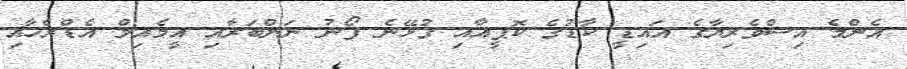
އެންމެ އިސްވެރިޔާގެ އައިޑީ ކާޑުގެ ކޮޕީއާއި ގުޅޭނެ ފޯނު ނަންބަރާއި އީމެއިލް އެޑްރެހާއި